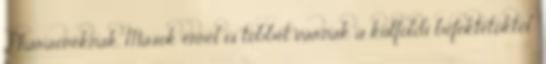
Pharaonéknak. Mások ennél is többet várnak a külföldi befektetőktől: